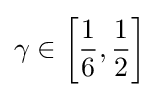
\gamma \in \left[{\frac {1}{6}},{\frac {1}{2}}\right]